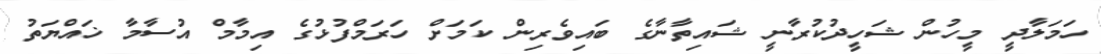
ހަމަލާދީ މީހުން ޝަހީދުކުރާނީ ޝައިތާނާގެ ބައިވެރިން ކަމަށް ހަރަމްފުޅުގެ އިމާމް އުސާމާ ޚައްޔަތު